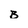
Character: B